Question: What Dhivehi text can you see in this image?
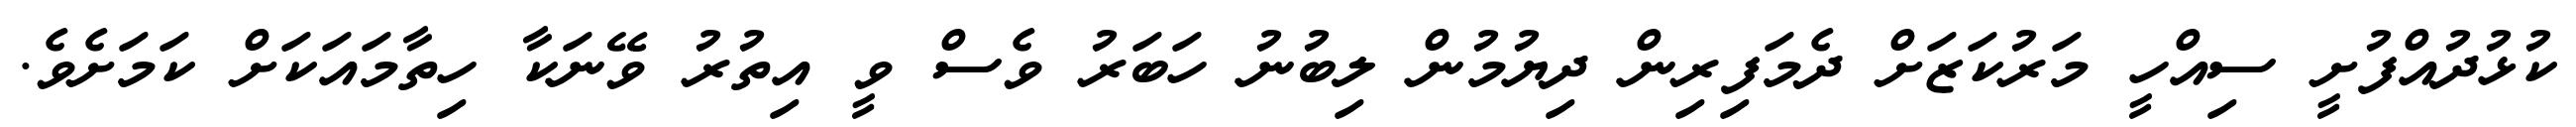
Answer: ކުޅުދުއްފުށީ ސިއްހީ މަރުކަޒަށް ދެމަފިރިން ދިޔުމުން ލިބުނު ހަބަރު ވެސް ވީ އިތުރު ވޭނަކާ ހިތާމައަކަށް ކަމަށެވެ.